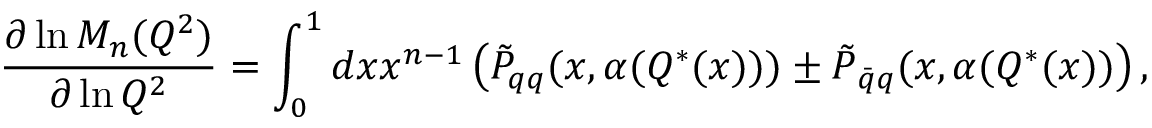
\frac { \partial \ln M _ { n } ( Q ^ { 2 } ) } { \partial \ln Q ^ { 2 } } = \int _ { 0 } ^ { 1 } d x x ^ { n - 1 } \left( \tilde { P } _ { q q } ( x , \alpha ( Q ^ { * } ( x ) ) ) \pm \tilde { P } _ { \bar { q } q } ( x , \alpha ( Q ^ { * } ( x ) ) \right) ,